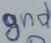
Text: gnd